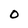
Character: O